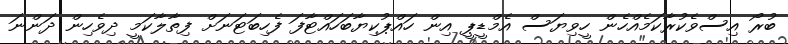
ބުރޯ އިސްވެކުރާކަމެއްހެން ހީވިޔަސް އެމްޑީޕީ އިން ހައްޕުކިޔާބަހައްޓާފަ ފެހިބަޓަނަށް ފިތާލާކަމީ ދިވެހިން ދަންނަ